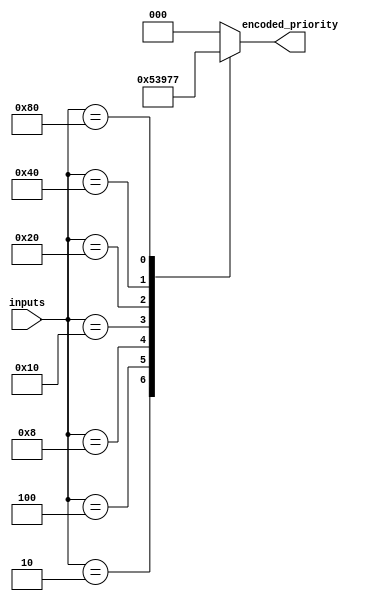
module gray_priority_encoder(
    input [7:0] inputs,
    output reg [2:0] encoded_priority
);

always @(*)
begin
    case(inputs)
        8'b00000001: encoded_priority = 3'b000; //highest priority of input 1
        8'b00000010: encoded_priority = 3'b001; //highest priority of input 2
        8'b00000100: encoded_priority = 3'b010; //highest priority of input 3
        8'b00001000: encoded_priority = 3'b011; //highest priority of input 4
        8'b00010000: encoded_priority = 3'b100; //highest priority of input 5
        8'b00100000: encoded_priority = 3'b101; //highest priority of input 6
        8'b01000000: encoded_priority = 3'b110; //highest priority of input 7
        8'b10000000: encoded_priority = 3'b111; //highest priority of input 8
        default: encoded_priority = 3'b000; //default priority
    endcase
end

endmodule